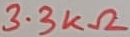
Text: 3.3KΩ